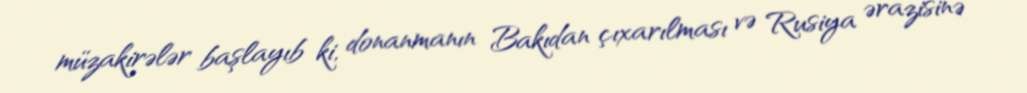
müzakirələr başlayıb ki, donanmanın Bakıdan çıxarılması və Rusiya ərazisinə